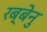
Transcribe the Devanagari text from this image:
रब्बेनु